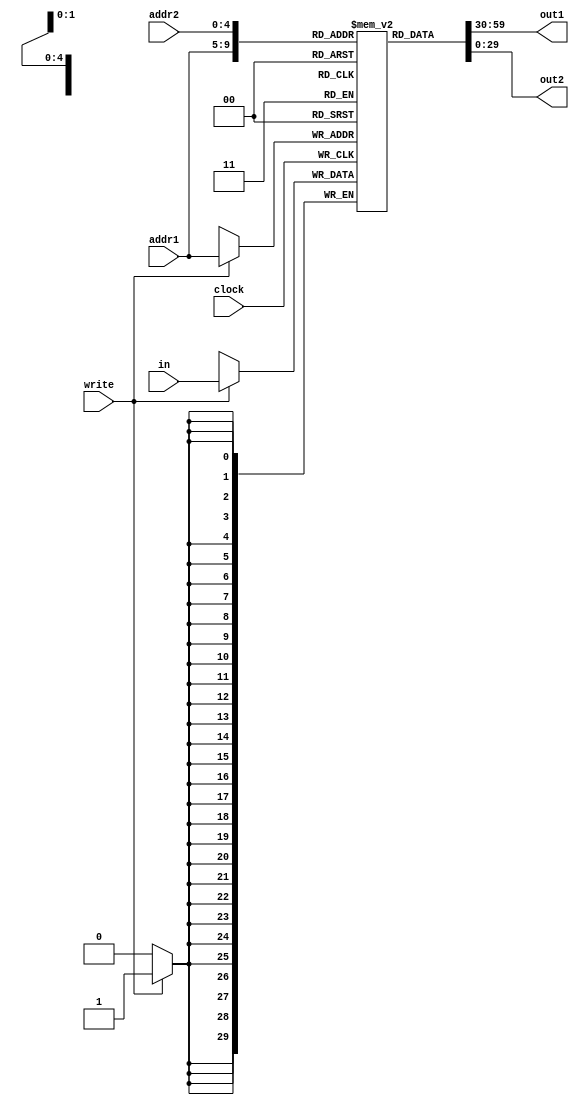
module memory(
	input clock, write,
	input [4:0] addr1, addr2,
	input [29:0] in,
	output [29:0] out1, out2
);

reg [29:0] ram [29:0];

always @(posedge clock) begin 
	if (write) 
		ram[addr1] <= in; 
end 
assign out1 = ram[addr1]; 
assign out2 = ram[addr2]; 

endmodule